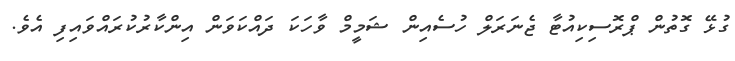
ގުޅޭ ގޮތުން ޕްރޮސިކިއުޓާ ޖެނަރަލް ހުސެއިން ޝަމީމް ވާހަކަ ދައްކަވަން އިންކާރުކުރައްވައިފި އެވެ.